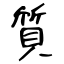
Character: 質